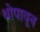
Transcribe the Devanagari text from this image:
थोपावून